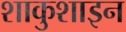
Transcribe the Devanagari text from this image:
शाकुशाइन